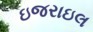
ઇજરાઇલ